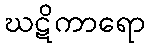
ဃဋိကာရော